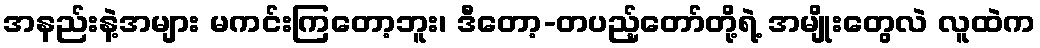
အနည်းနဲ့အများ မကင်းကြတော့ဘူး၊ ဒီတော့-တပည့်တော်တို့ရဲ့ အမျိုးတွေလဲ လူထဲက